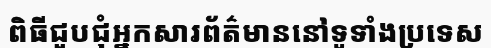
ពិធីជួបជុំអ្នកសារព័ត៌មាននៅទូទាំងប្រទេស